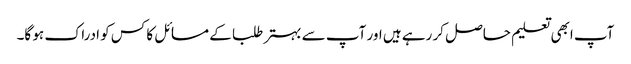
آپ ابھی تعلیم حاصل کر رہے ہیں اور آپ سے بہتر طلبا کے مسائل کا کس کو ادراک ہو گا۔